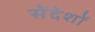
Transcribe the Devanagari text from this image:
सेंदेशों